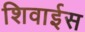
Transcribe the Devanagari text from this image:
शिवाईस